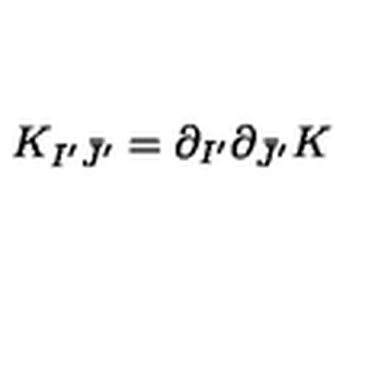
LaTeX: K _ { I ^ { \prime } \bar { J } ^ { \prime } } = \partial _ { I ^ { \prime } } \partial _ { \bar { J } ^ { \prime } } K